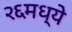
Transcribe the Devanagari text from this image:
२६मध्ये